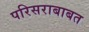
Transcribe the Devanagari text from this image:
परिसराबाबत